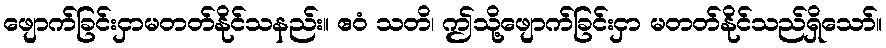
ဖျောက်ခြင်းငှာမတတ်နိုင်သနည်း။ ဧဝံ သတိ၊ ဤသို့ဖျောက်ခြင်းငှာ မတတ်နိုင်သည်ရှိသော်။